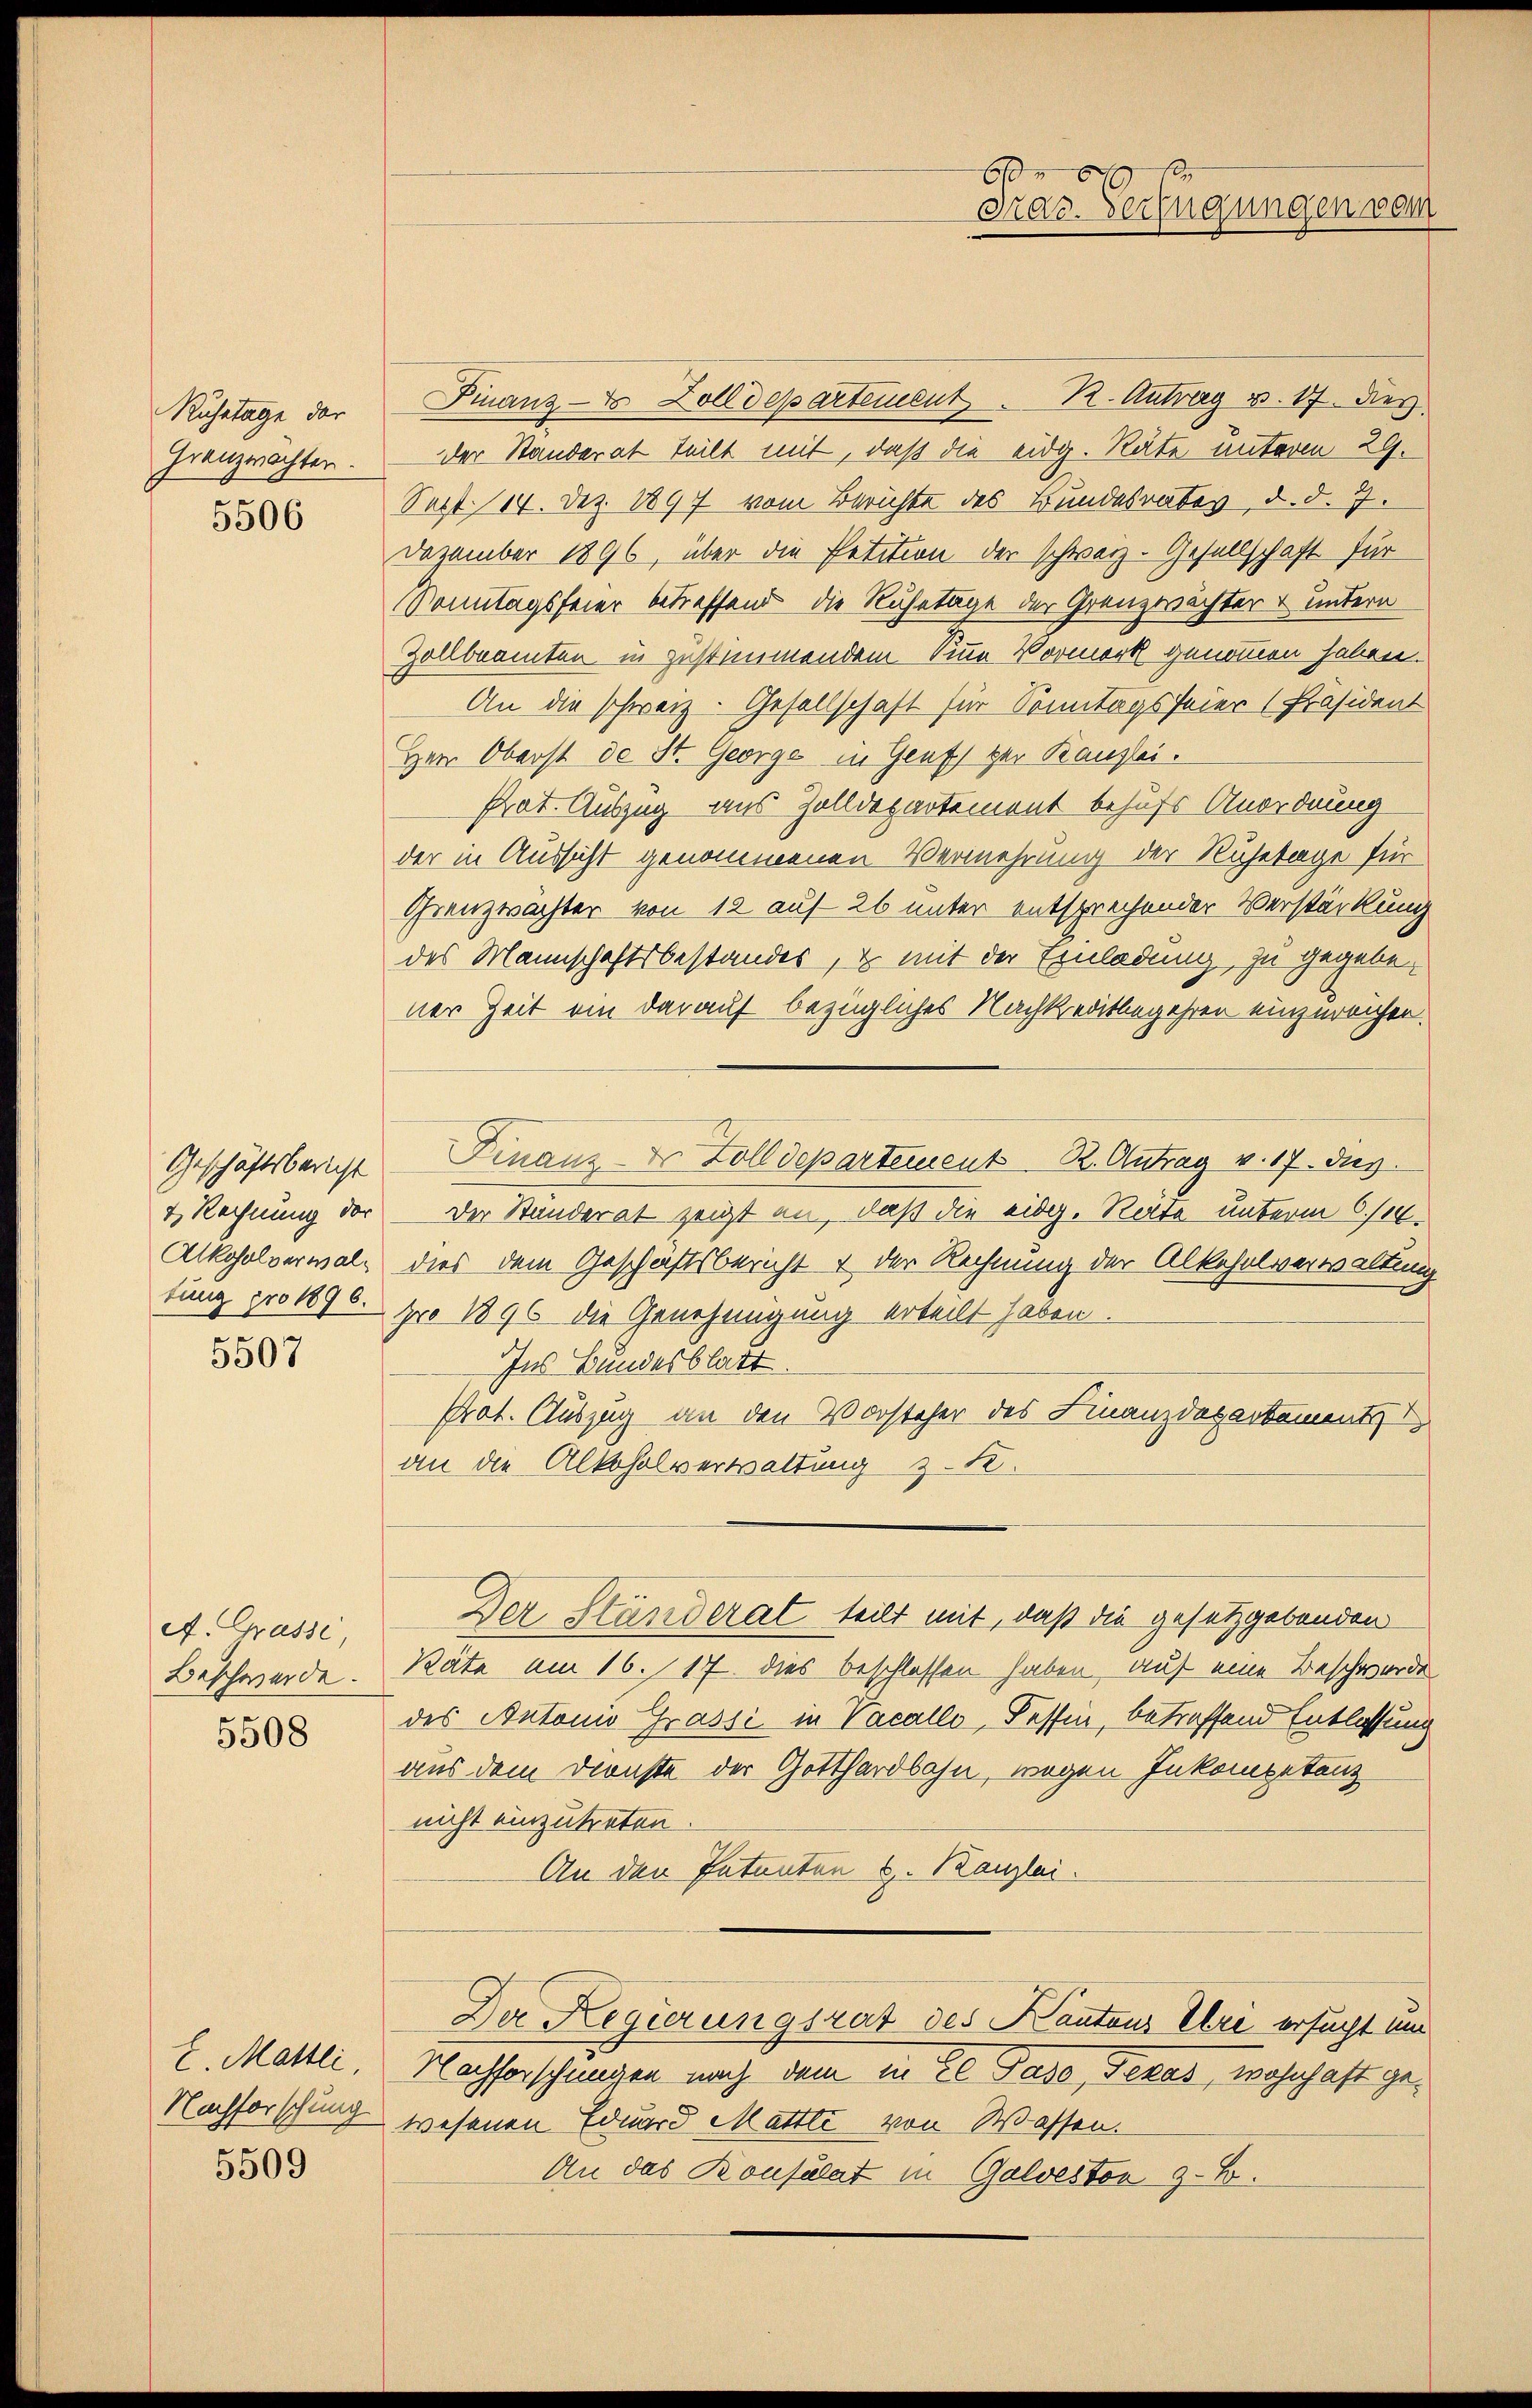
Ruhetage der
Granzwachten.
5506

& Rechnung der
Alkoholverwal¬
5507

A. Grasse,
Beschwerde.
5508

E. Mattli,
Nachforschung
5509

Kraz. Verfügungen vom

Finanz-8 Zolldepartement. 1. Antrag v. 17. Des
der Standerat teilt mit, daß die eidg. Rate unterm 29.
Sept. 14. Dez. 1897 vom Berichte des Bundesrates, d. d. 7.
Dezember 1896, über die Petition der schweiz. Gesellschaft für
Sonntagsfeier betreffend die Ruhetage der Grenzwächter & untern
Zollbeamten in zustimmendem Sinne Vormerk genommen haben.
An die schweiz. Gesellschaft für Sonntagsfeier (Präsident
Herr Oberst de St. George in Genf zur Kanzlei.
Prat. Auszug aus Zolldepartement behufs Anordnung
der in Aussicht genommenen Vermehrung der Ruhetage für
Grenzwachter von 12 auf 26 unter entsprechender Verstärkung
des Mannschaftsbestandes, es mit der Einladung, zu gegebener Zeit ein darauf bezügliches Nachkreditbegehren einzureichen.
Geschäftsbericht Finanzer Zolldepartement R. Antrag v. 17. Jus
Der Standerat zeigt an, daß die eidg. Räte unterm 6./14.
dies dem Geschäftsbericht & der Rechnung der Alkoholverwaltung
tung pro 1896. pro 1896 die Genehmigung erteilt haben.
Ins Bundesblatt
Prot. Auszug an den Vorsteher des Finanzdepartements
an die Alkoholverwaltung z. K.
Der Ständerat teilt mit, daß die gesetzgebenden
Räte am 16. 17. dies beschlossen haben, auf eine Beschwerde
des Antonio Grassi in Vacallo, Tessin, betreffend Entlassung
aus dem Dienste der Gotthardbahn, wegen Inkompetenz
nicht einzutreten.
An den Patenten u. Kanzlei.
Der Regierungsrat des Kantons Uri ersucht um
Nachforschungen nach dem in Ee Paso, Dekas, wohnhaft gewesenen Eduard Mattle von Wassen.
An das Konsulat in Galvestor z. B.